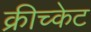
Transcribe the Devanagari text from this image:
क्रीच्केट